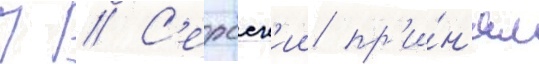
П // С'ербск'ии пр'и́н'ял